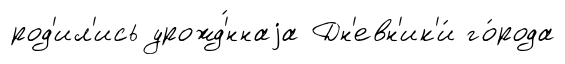
род'ил'ись урожд'́ннаjа Дн'евн'ик'и́ го́рода